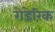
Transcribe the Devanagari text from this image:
रोडेरिक